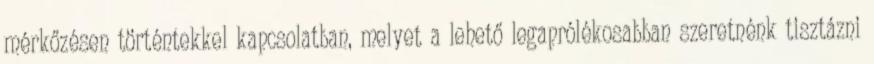
mérkőzésen történtekkel kapcsolatban, melyet a lehető legaprólékosabban szeretnénk tisztázni